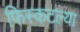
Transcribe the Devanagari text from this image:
फिस्कटल्या